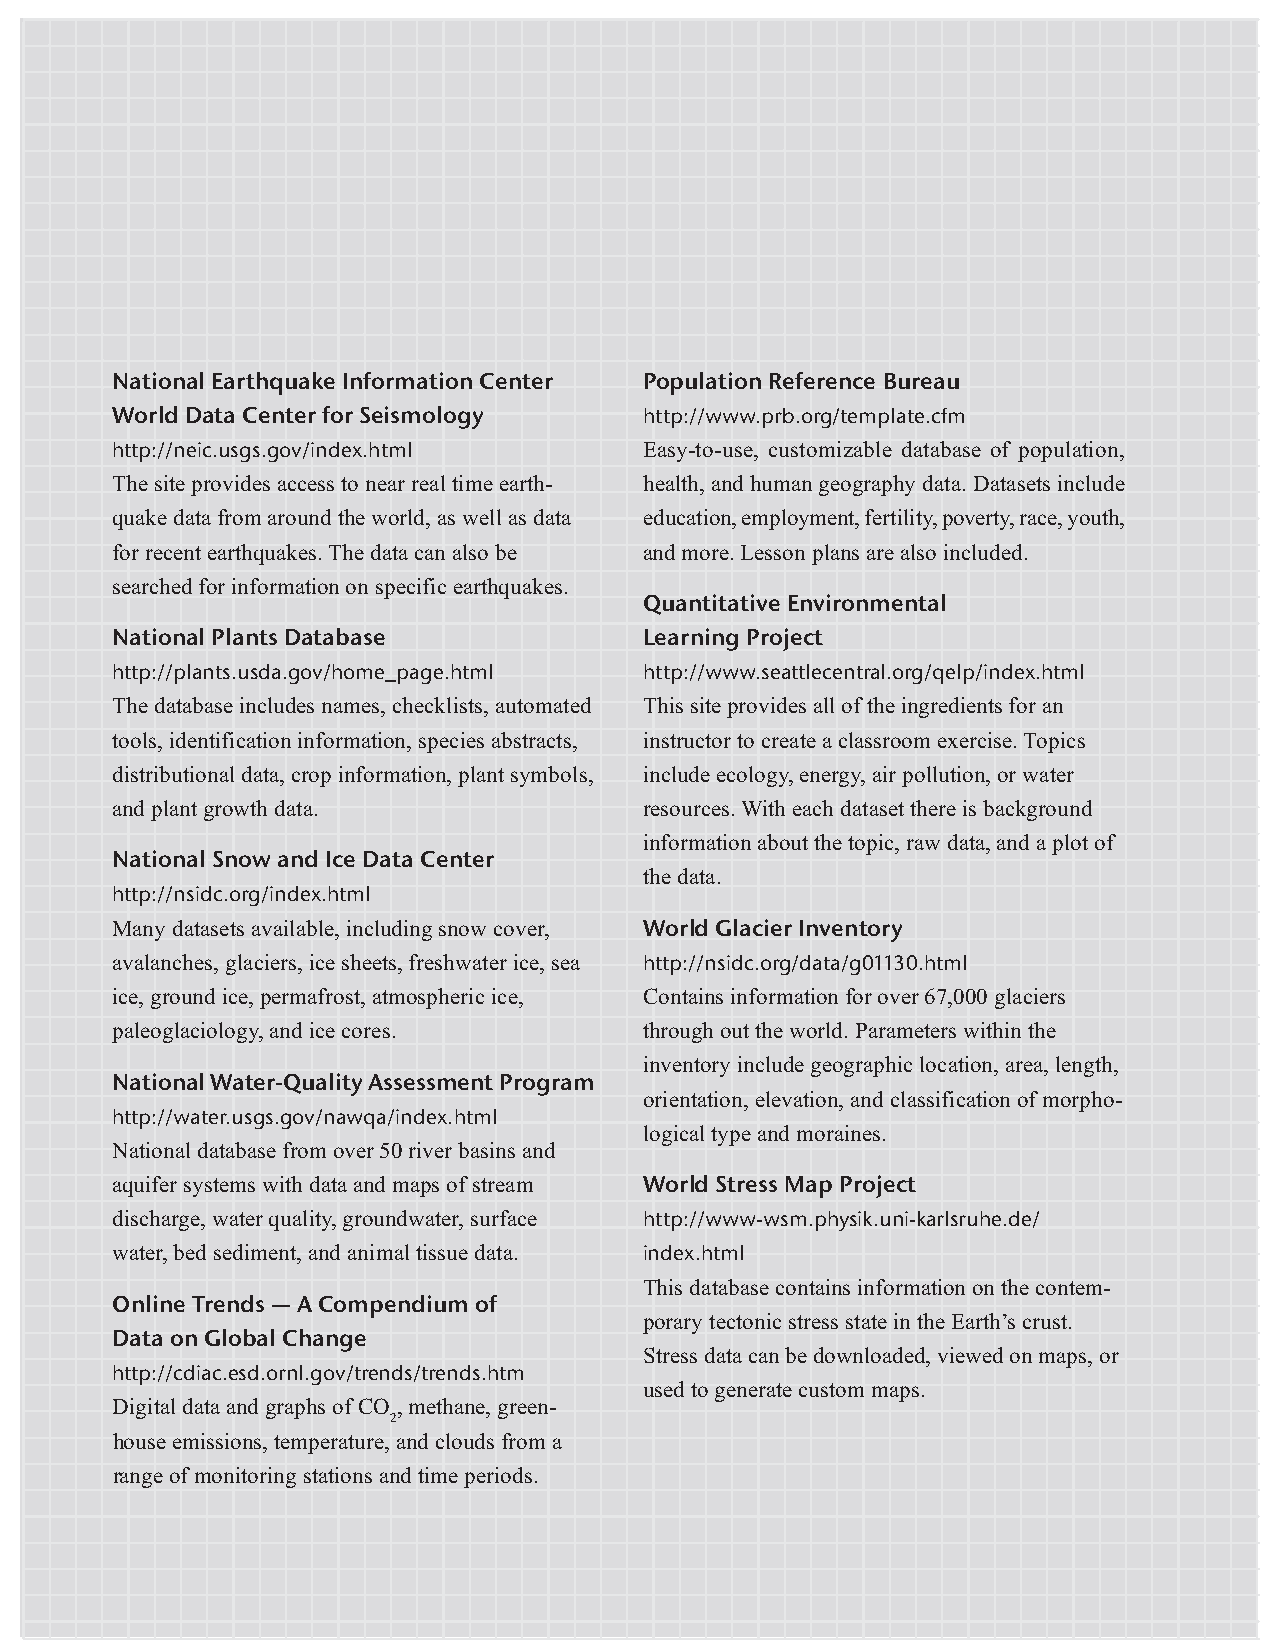
National Earthquake Information Center Population Reference Bureau
 World Data Center for Seismology    http://www.prb.org/template.cfm
 http://neic.usgs.gov/index.html     Easy-to-use, customizable database of population,
 The site provides access to near real time earth- health, and human geography data. Datasets include
 quake data from around the world, as well as data education, employment, fertility, poverty, race, youth,
 for recent earthquakes. The data can also be and more. Lesson plans are also included.
 searched for information on specific earthquakes.
 Quantitative Environmental
 National Plants Database            Learning Project
 http://plants.usda.gov/home_page.html http://www.seattlecentral.org/qelp/index.html
 The database includes names, checklists, automated This site provides all of the ingredients for an
 tools, identification information, species abstracts, instructor to create a classroom exercise. Topics
 distributional data, crop information, plant symbols, include ecology, energy, air pollution, or water
 and plant growth data.              resources. With each dataset there is background
 information about the topic, raw data, and a plot of
 National Snow and Ice Data Center
 the data.
 http://nsidc.org/index.html
 Many datasets available, including snow cover, World Glacier Inventory
 avalanches, glaciers, ice sheets, freshwater ice, sea http://nsidc.org/data/g01130.html
 ice, ground ice, permafrost, atmospheric ice, Contains information for over 67,000 glaciers
 paleoglaciology, and ice cores.     through out the world. Parameters within the
 inventory include geographic location, area, length,
 National Water-Quality Assessment Program
 orientation, elevation, and classification of morpho-
 http://water.usgs.gov/nawqa/index.html
 logical type and moraines.
 National database from over 50 river basins and
 aquifer systems with data and maps of stream World Stress Map Project
 discharge, water quality, groundwater, surface http://www-wsm.physik.uni-karlsruhe.de/
 water, bed sediment, and animal tissue data. index.html
 This database contains information on the contem-
 Online Trends — A Compendium of
 porary tectonic stress state in the Earth’s crust.
 Data on Global Change
 Stress data can be downloaded, viewed on maps, or
 http://cdiac.esd.ornl.gov/trends/trends.htm
 used to generate custom maps.
 Digital data and graphs of CO , methane, green-
 2
 house emissions, temperature, and clouds from a
 range of monitoring stations and time periods.
 38 — USING DATA IN UNDERGRADUATE SCIENCE CLASSROOMS